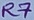
Text: R7